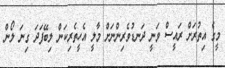
މީގެ އިތުރަށް ރައީސް ވަނީ ދަނޑުވެރިންނަށް މާލީ އެހީތެރިކަން ލިބޭފަދަ ގިނަ ލޯން